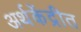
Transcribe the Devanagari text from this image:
अर्थकेंद्रीत